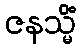
ဇနသ္မိံ